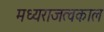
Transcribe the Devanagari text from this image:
मध्यराजत्वकाल